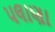
પલાણા